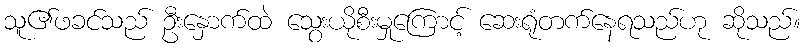
သူ၏ဖခင်သည် ဦးနှောက်ထဲ သွေးယိုစီးမှုကြောင့် ဆေးရုံတက်နေရသည်ဟု ဆိုသည်။